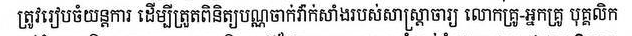
ត្រូវរៀបចំយន្តការ ដើម្បីត្រួតពិនិត្យបណ្ណចាក់វ៉ាក់សាំងរបស់សាស្រ្តាចារ្យ លោកគ្រូ-អ្នកគ្រូ បុគ្គលិក